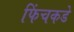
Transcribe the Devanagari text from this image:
फिंचकडे